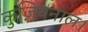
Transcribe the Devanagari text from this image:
कुज़ियनाल।